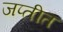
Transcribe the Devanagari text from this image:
जप्तीत